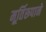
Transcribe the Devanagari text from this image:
मूर्तिरूपाने